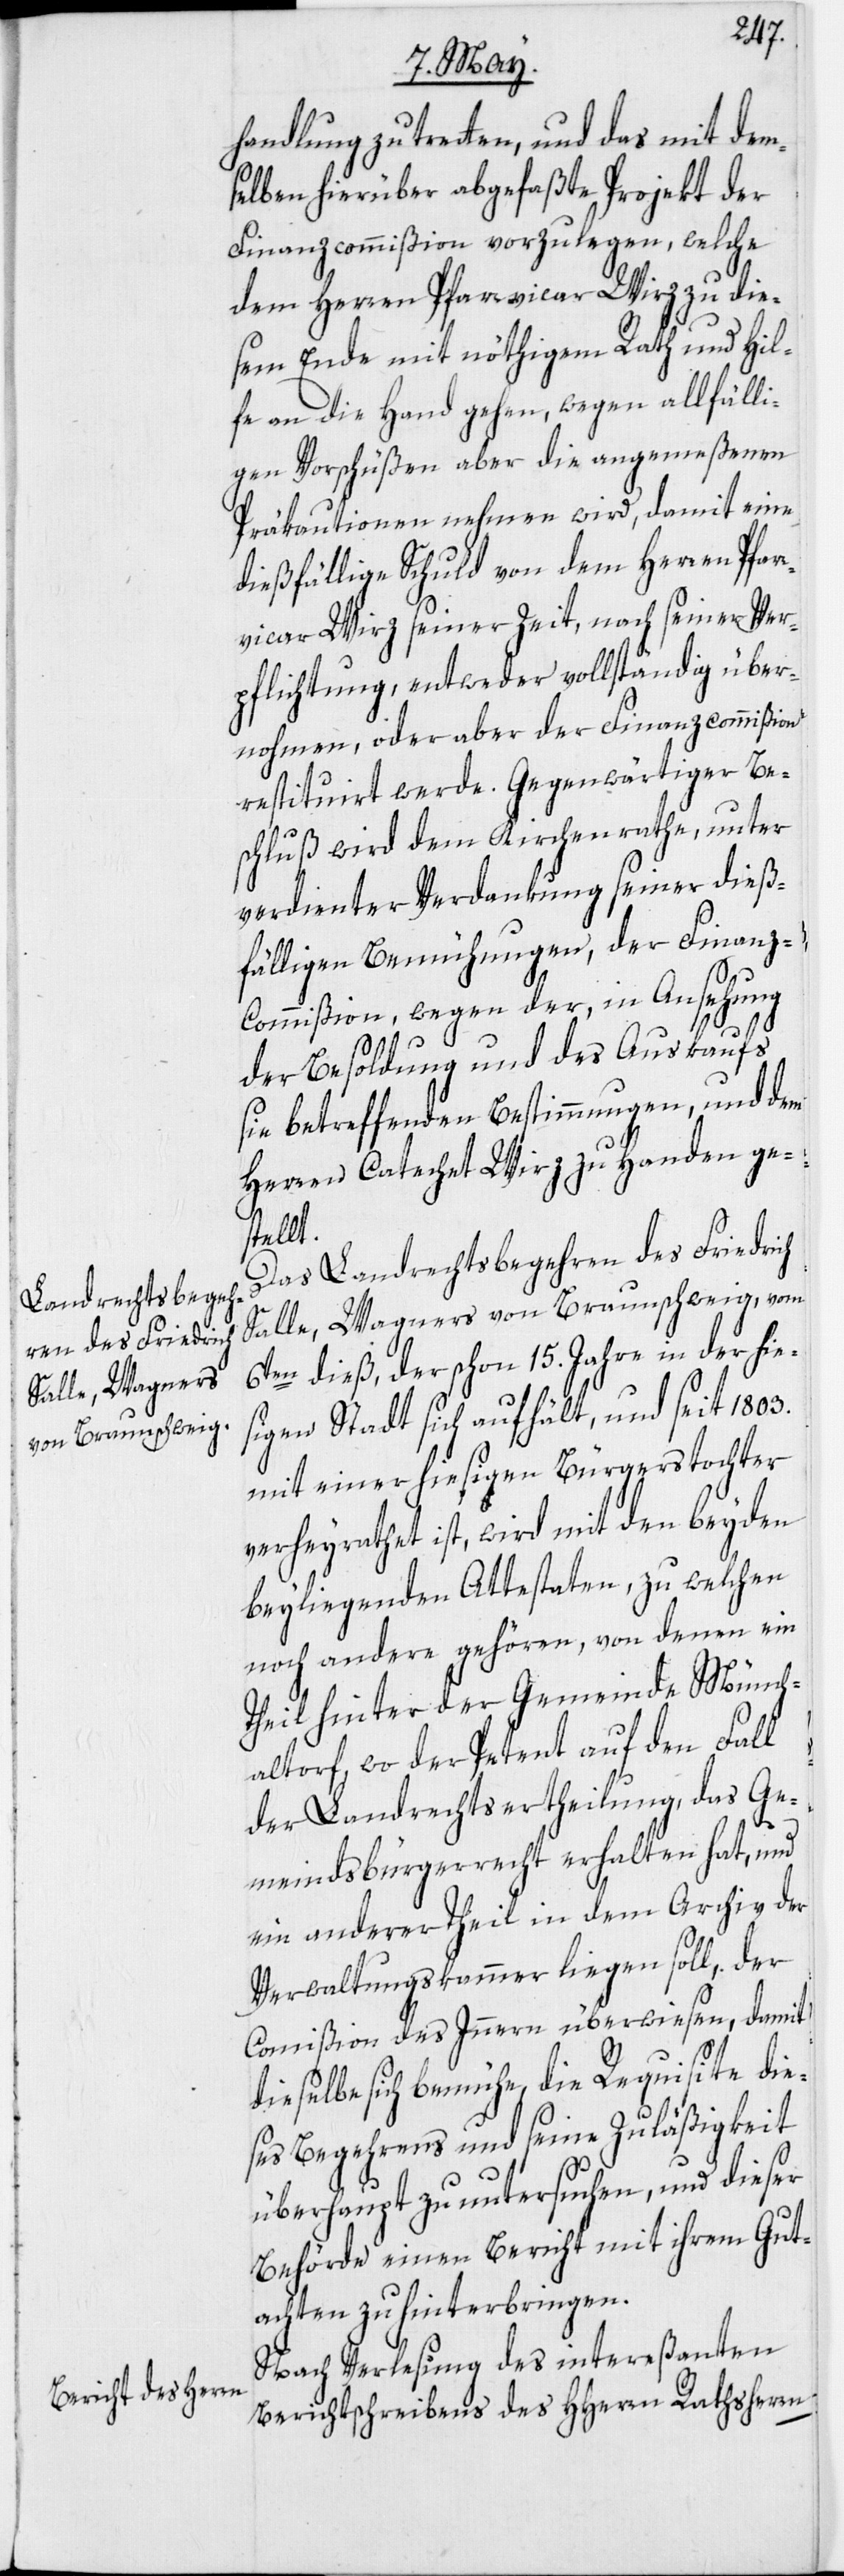
handlung zu tretten, und das mit dem¬
selben hierüber abgefaßte Projekt der
Finanzcommißion vorzulegen, welche
dem Herren Pfarrvicar Wirz zu die¬
sem Ende mit nöthigem Rath und Hil¬
fe an die Hand gehen, wegen allfälli¬
gen Vorschüßen aber die angemeßenen
Präkautionen nehmen wird, damit eine
dießfällige Schuld von dem Herren Pfar¬
rvicar Wirz seiner Zeit, nach seiner Ver¬
pflichtung, entweder vollständig über¬
nohmen, oder aber der Finanzcommißion
restituirt werde. Gegenwärtiger Be¬
schluß wird dem Kirchenrathe, unter
verdienter Verdankung seiner dieß¬
fälligen Bemühungen, der Finanz-C¬
ommißion, wegen der, in Ansehung
der Besoldung und des Auskaufs
sie betreffenden Bestimmungen, und dem
Herren Catechet Wirz zu Handen ge¬
stellt.
Das Landrechtsbegehren des Friedrich
Salle, Wagners von Braunschweig, vom
6ten dieß, der schon 15. Jahre in der hie¬
sigen Stadt sich aufhält, und seit 1803.
mit einer hiesigen Bürgerstochter
verheyrathet ist, wird mit den beyden
beyliegenden Attestaten, zu welchen
noch andere gehören, von denen ein
Theil hinter der Gemeinde Münch¬
altorf, wo der Petent auf den Fall
der Landrechtsertheilung, das Ge¬
meindsbürgerrecht erhalten hat, und
ein anderer Theil in dem Archiv der
Verwaltungskammer liegen soll, der
Commißion des Innern überwiesen, damit
dieselbe sich bemühe, die Requisite die¬
ses Begehrens und seine Zuläßigkeit
überhaupt zu untersuchen, und dieser
Behörde einen Bericht mit ihrem Gut¬
achten zu hinterbringen.
Nach Verlesung des intereßanten
Berichtschreibens des HHerrn Rathsherrn